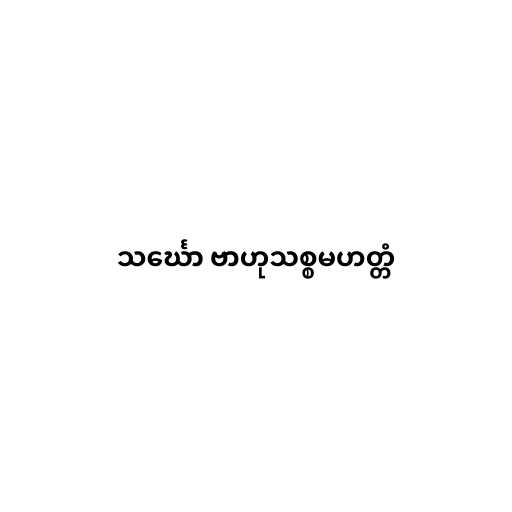
သင်္ဃော ဗာဟုသစ္စမဟတ္တံ